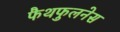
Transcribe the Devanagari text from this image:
फैथफुलनेस